Sanitation, dispensaries and jails vaccination Rajputana 1922-1927 - 1922-1927
Year: 1922
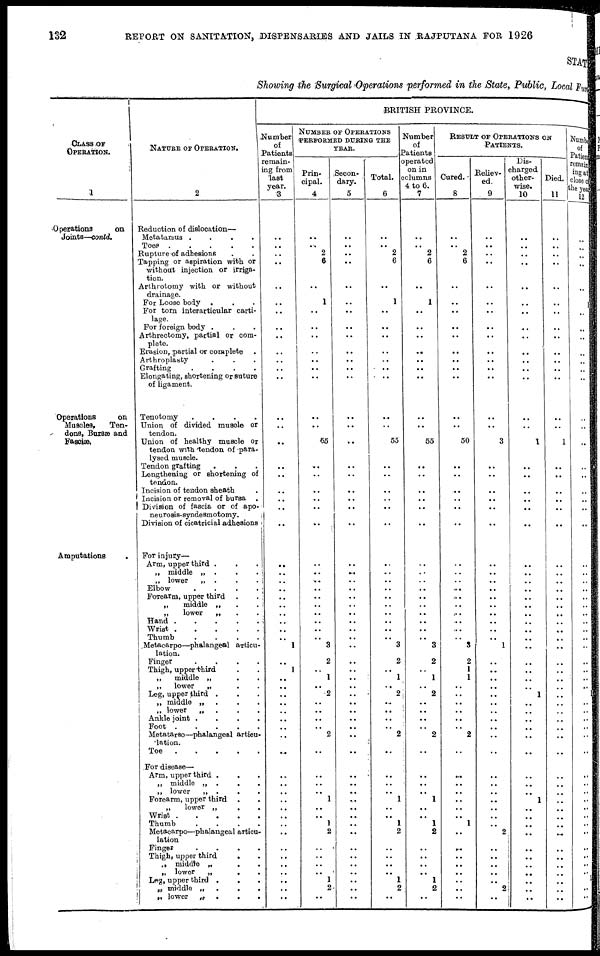
132
REPORT ON SANITATIO, DISPENSARIES AND JAILS IN RAJPUTANA FOR 1926
STATE
Showing the Surgical Operations performed in the State, Public, Local Fun
CLASS OF
OPERATION.
1
Operations
on
Joints—contd.
Operations
on
Musclea,
Ten-
dons, Bursæ and
Fasciæ.
Amputations
.
NATURE OF OPERATION.
2
Reduction of dislocation—
Metatarsus .
.
.
.
Toes. . .
.
.
Rupture of adhesions . .
Tapping or aspiration with or
without injection or irriga-
tion.
Arthrotomy with or without
drainage.
For Loose body . . .
For torn interarticular carti-
lage.
For foreign body . . .
Arthrectomy, partial or com-
plete.
Erasion, partial or complete .
Arthroplasty . . .
Grafting
.
.
.
.
Elongating, shortening or suture
of ligament.
Tenotomy
.
.
.
.
Union of divided muscle or
tendon.
Union of healthy muscle or
tendon with tendon of para-
lysed muscle.
Tendon grafting . . .
Lengthening or shortening of
tendon.
Incision of tendon sheath .
Incision or removal of bursa .
Division of fascia or of apo¬
neurosis-syndesmotomy.
Division of cicatricial adhesions
For injury—
Arm, upper third . . .
„ middle „
. . .
„ lower
„ . . .
Elbow
.
.
.
.
Forearm, upper third . .
„
middle „ . .
„
lower
„ . .
Hand .
.
.
.
.
Wrist .
.
.
.
.
Thumb
. . . .
Metacarpo—phalangeal articu-
lation.
Finger
.
.
.
.
Thigh, upper third . .
„
middle „ . .
„
lower
„ . .
Leg, upper third . . .
„ middle „
.
. .
„ lower
„
. . .
Ankle joint . . . .
Foot .
.
.
.
.
Metatarso—phalangeal articu-
-ation.
Toe
.
.
.
.
.
For disease—
Arm, upper third . . .
„ middle „ .
. .
„ lower
„ .
. .
Forearm, upper third . .
„
lower „ . .
Wrist. . . . .
Thumb
. . . .
Metacarpo—phalangeal articu-
lation
Finger
. . . .
Thigh, upper third
. .
„ middle „ . .
„ lower
„
. .
Leg, upper third .
. .
„ middle „
. . .
„ lower
„ .
.
.
BRITISH PROVINCE.
Number
of
Patients
remain-
ing from
last
year.
3
..
..
..
..
..
..
..
..
..
..
..
..
..
..
..
..
..
..
..
..
..
..
..
..
.. ..
..
..
..
.. ..
..
1
..
1
..
..
..
..
..
..
.. ..
..
..
.. ..
..
..
..
..
..
..
..
..
..
..
..
..
NUMBER OF OPERATIONS
PERFORMED DURING THE
YEAR.
Prin-
cipal.
4
..
..
2
6
..
1
..
..
..
..
..
..
..
..
..
55
..
..
..
..
..
..
..
..
..
..
..
..
..
..
..
..
3
2
..
1
..
2
..
..
..
..
2
..
..
..
..
1
..
..
1
2
..
..
..
.. 1
2
..
Secon¬
dary.
5
..
..
..
..
..
..
..
..
..
..
..
..
..
..
..
..
..
..
..
..
..
..
..
..
..
..
..
..
..
..
..
..
..
..
..
..
..
..
..
..
..
..
..
..
..
..
..
..
..
..
..
..
..
..
..
..
..
..
..
Total.
6
..
..
2
6
..
1
..
..
..
..
..
..
..
..
..
55
..
..
..
..
..
..
..
..
..
..
..
..
..
..
..
..
3
2
..
1
..
2
..
..
..
..
2
..
..
..
..
1
..
..
1
2
..
..
..
.. 1
2
..
Number
of
Patients
operated
on in
columns
4 to 6.
7
..
..
2
6
..
1
..
..
..
..
..
..
..
..
..
55
..
..
..
..
..
..
..
..
..
..
..
..
..
..
..
..
3
2
..
1
..
2
..
..
..
..
2
..
..
..
..
1
..
..
1
2
..
..
..
.. 1
2
..
RESULT OF OPERATIONS ON
PATIENTS.
Cured.
8
..
..
2
6
..
..
..
..
..
..
..
..
..
..
..
50
..
..
..
..
..
..
..
..
..
..
..
..
..
.. ..
..
3
2
1
1
..
..
..
..
..
..
2
..
..
..
..
..
..
..
1
..
..
..
..
..
..
..
..
Reliev-
ed.
9
..
..
..
..
..
..
..
..
..
..
..
..
..
..
..
3
..
..
..
..
..
..
..
..
..
..
..
..
..
.. ..
..
1
..
..
..
..
..
..
..
..
..
..
..
..
.. ..
..
..
..
.. 2
..
..
..
..
..
2
..
Dis-
charged
other-
wise.
10
..
..
..
..
..
..
..
..
..
..
..
..
..
..
..
1
..
..
..
..
..
..
..
..
.. ..
..
..
..
.. ..
..
..
..
..
..
..
1
..
..
..
..
..
..
..
.. ..
1
..
..
..
..
..
..
..
..
..
..
..
Died.
11
..
..
..
..
..
..
..
..
..
..
..
..
..
..
..
1
..
..
..
..
..
..
..
..
..
..
..
..
..
..
..
..
..
..
..
..
..
..
..
..
..
..
..
..
..
.. ..
..
..
..
.. ...
..
..
..
..
..
..
..
Number
of
Patients
remain¬
ing at
close of
the year
12
..
..
..
..
..
1
..
..
..
..
..
..
..
..
..
..
..
..
..
..
..
..
..
..
.. ..
..
..
..
.. ..
..
..
..
..
..
..
..
..
..
..
..
..
..
..
.. ..
..
..
..
..
..
..
..
..
..
..
..
..